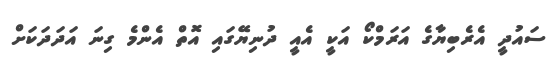
ސައުދީ އެރެބިޔާގެ އަރަމްކޯ އަކީ އެއީ ދުނިޔޭގައި އޮތް އެންމެ ގިނަ އަދަދަކަށް